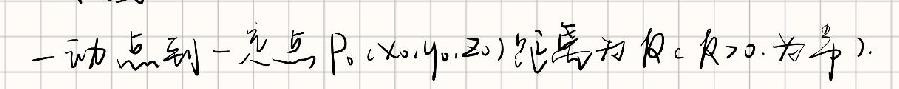
一动点到一定点$P_0(x_0,y_0,z_0)$距离为$R$（$R > 0$，为常）.